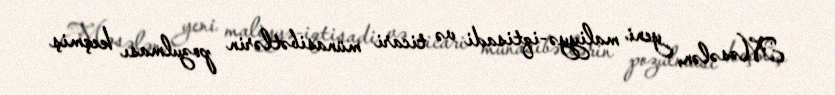
Məsələn, yeni maliyyə-iqtisadi və ticari münasibətlərin pozulması keçmiş